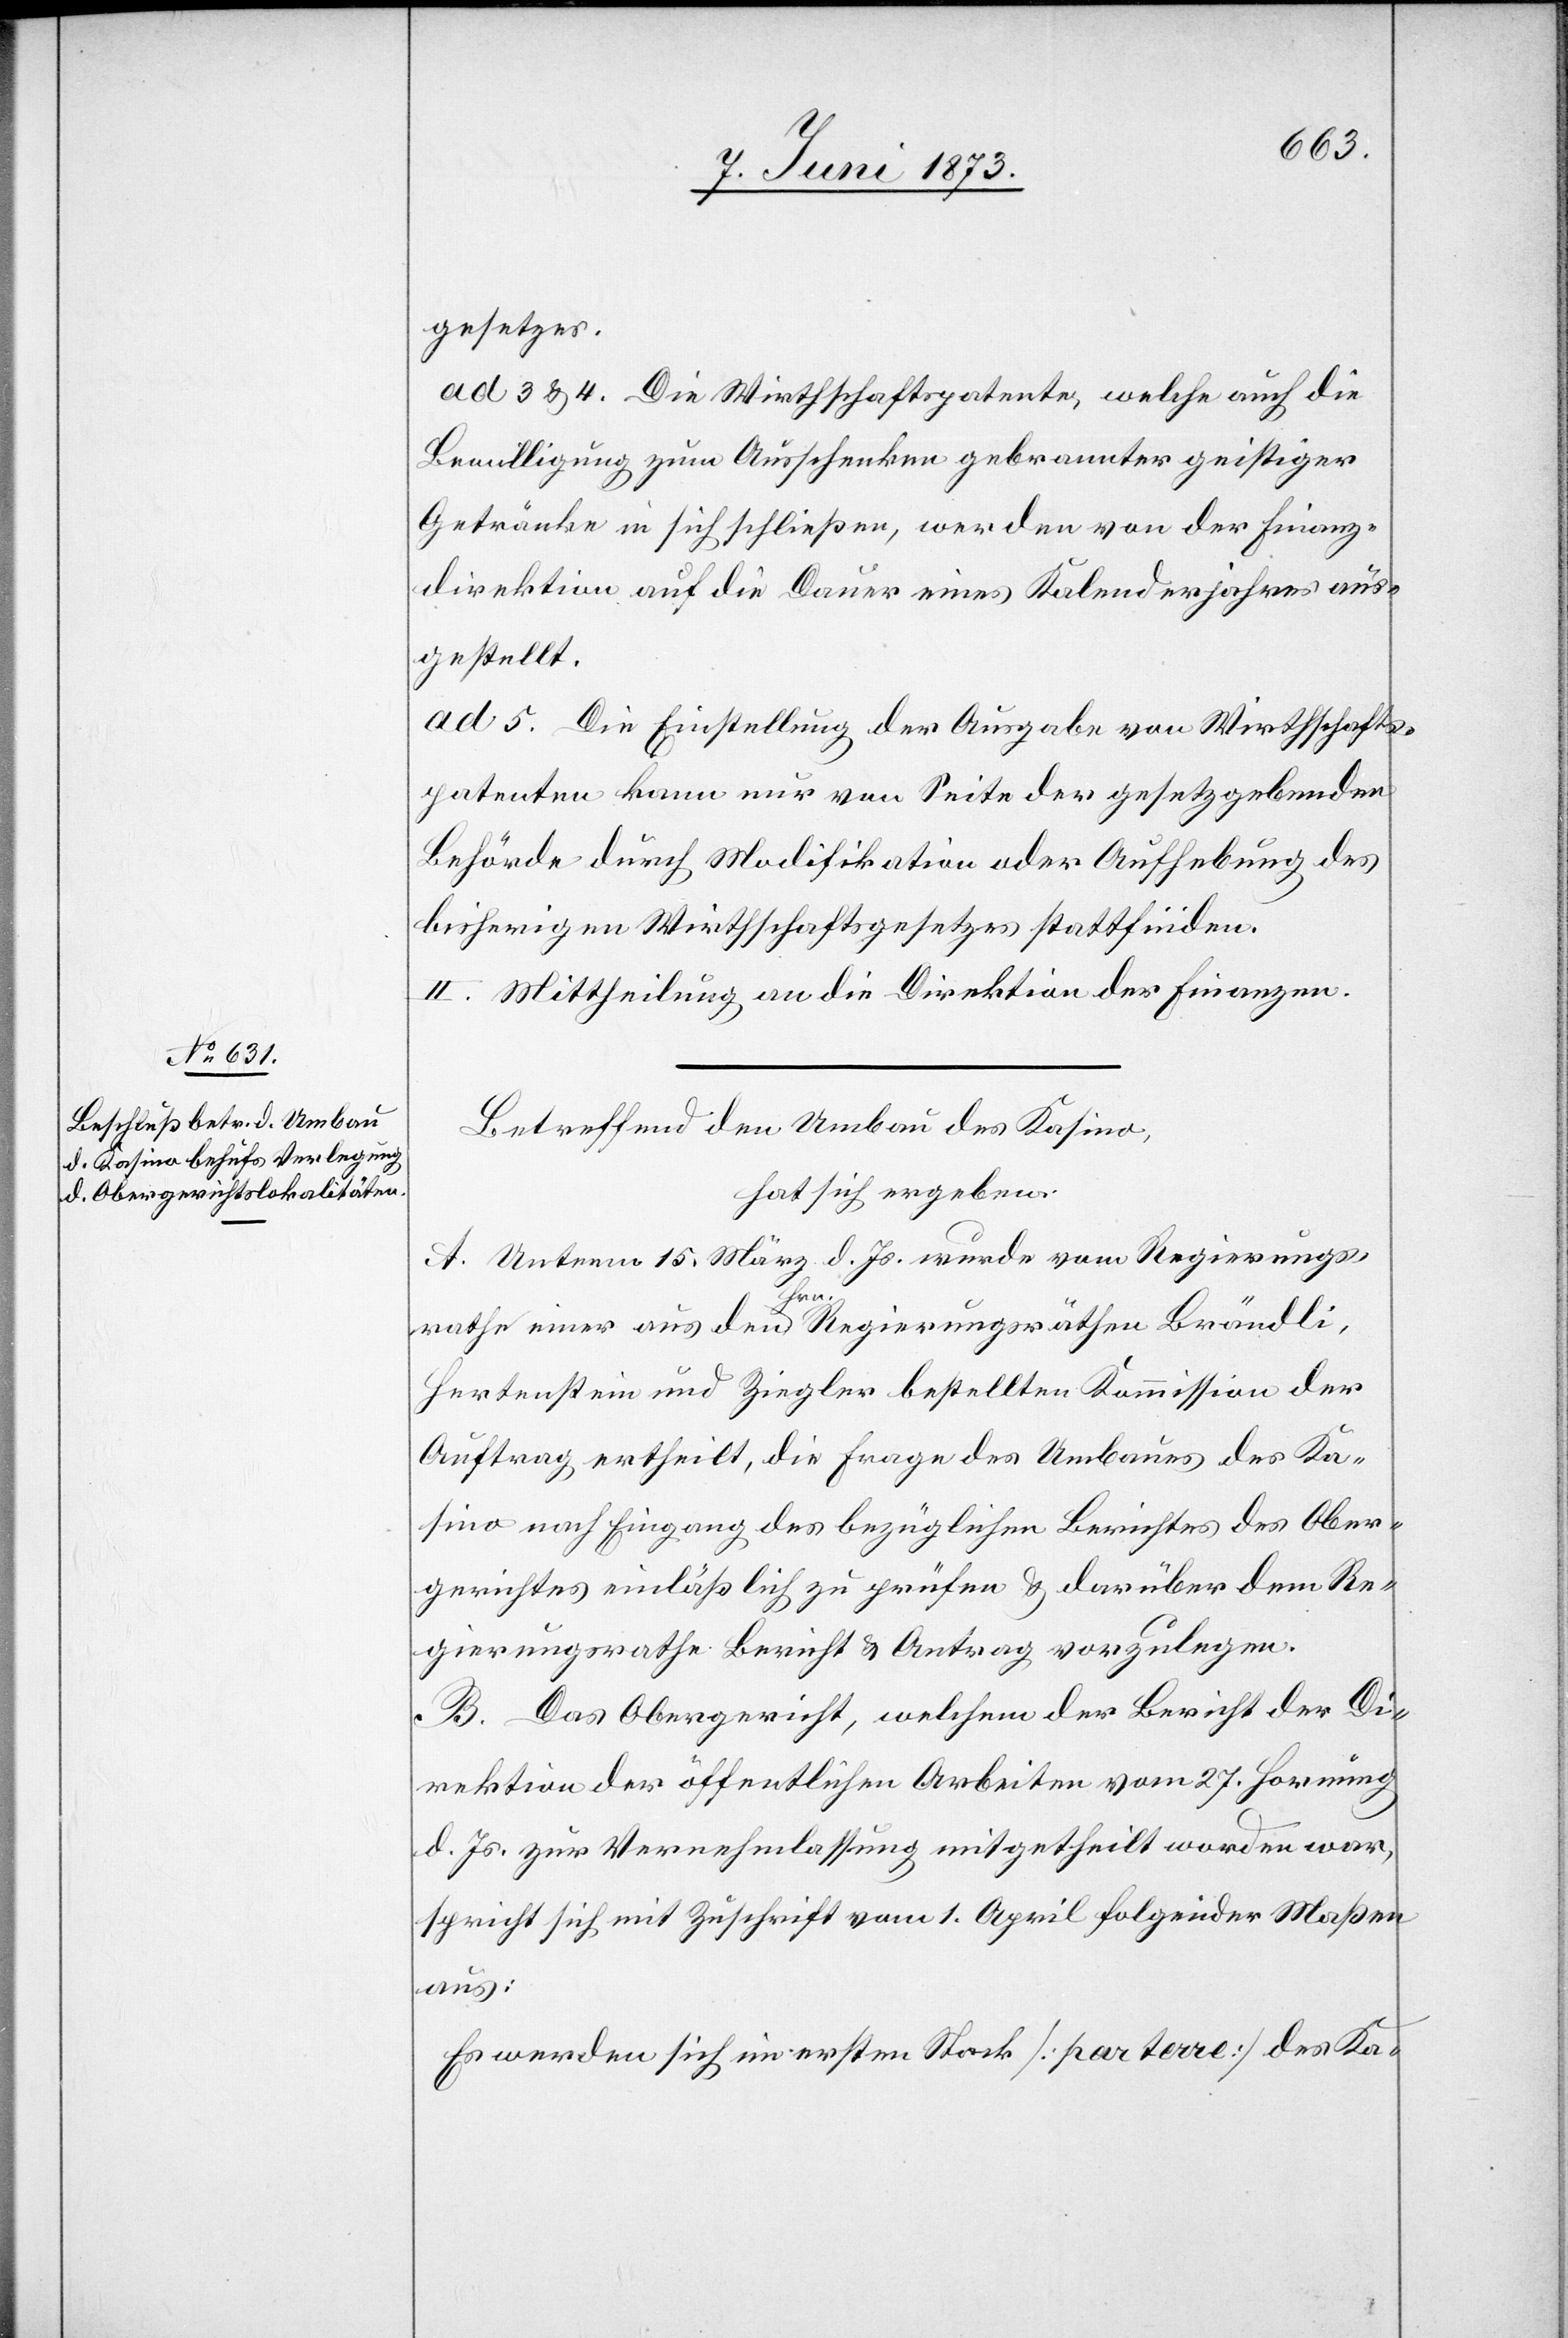
gesetzes.
ad 3& 4. Die Wirthschaftspatente, welche auch die
Bewilligung zum Ausschenken gebrannter geistiger
Getränke in sich schließen, werden von der Finanz¬
direktion auf die Dauer eines Kalenderjahres aus¬
gestellt.
a. 5. Die Einstellung der Ausgabe von Wirthschafts¬
patenten kann nur von Seite der gesetzgebenden
Behörde durch Modifikation oder Aufhebung des
bisherigen Wirthschaftsgesetzes stattfinden.
II. Mittheilung an die Direktion der Finanzen.
Betreffend den Umbau des Kasino,
hat sich ergeben:
A. Unterm 15. März d. Js. wurde vom Regierungs¬
rathe einer aus den Hrn. Regierungsräthen Brändli,
Hertenstein und Ziegler bestellten Kommisssion der
Auftrag ertheilt, die Frage des Umbaues des Ka¬
sino nach Eingang des bezüglichen Berichtes des Ober¬
gerichtes einläßlich zu prüfen & darüber dem Re¬
gierungsrathe Bericht & Antrag vorzulegen.
B. Das Obergericht, welchem der Bericht der Di¬
rektion der öffentlichen Arbeiten vom 27. Hornung
d. Js. zur Vernehmlassung mitgetheilt worden war,
spricht sich mit Zuschrift vom 1. April folgender Maßen
aus:
Es werden sich im ersten Stock [par terre] des Ka-